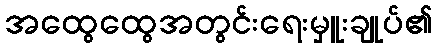
အထွေထွေအတွင်းရေးမှူးချုပ်၏